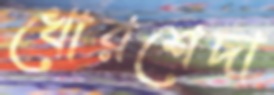
খোরশেদা